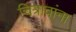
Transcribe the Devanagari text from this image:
चित्रावांना